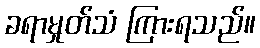
ခရာမှုတ်သံ ကြားရသည်။